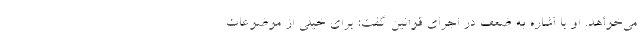
می‌خواهد. او با اشاره به ضعف در اجرای قوانین گفت: برای خیلی از موضوعات